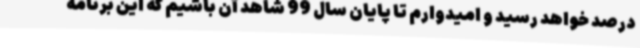
درصد خواهد رسید و امیدوارم تا پایان سال 99 شاهد آن باشیم که این برنامه